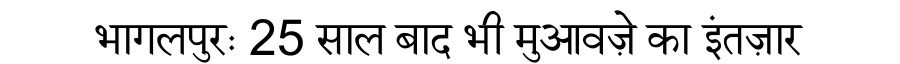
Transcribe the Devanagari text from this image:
भागलपुरः 25 साल बाद भी मुआवज़े का इंतज़ार